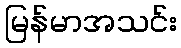
မြန်မာအသင်း